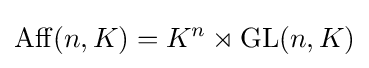
\operatorname {Aff} (n,K)=K^{n}\rtimes \operatorname {GL} (n,K)